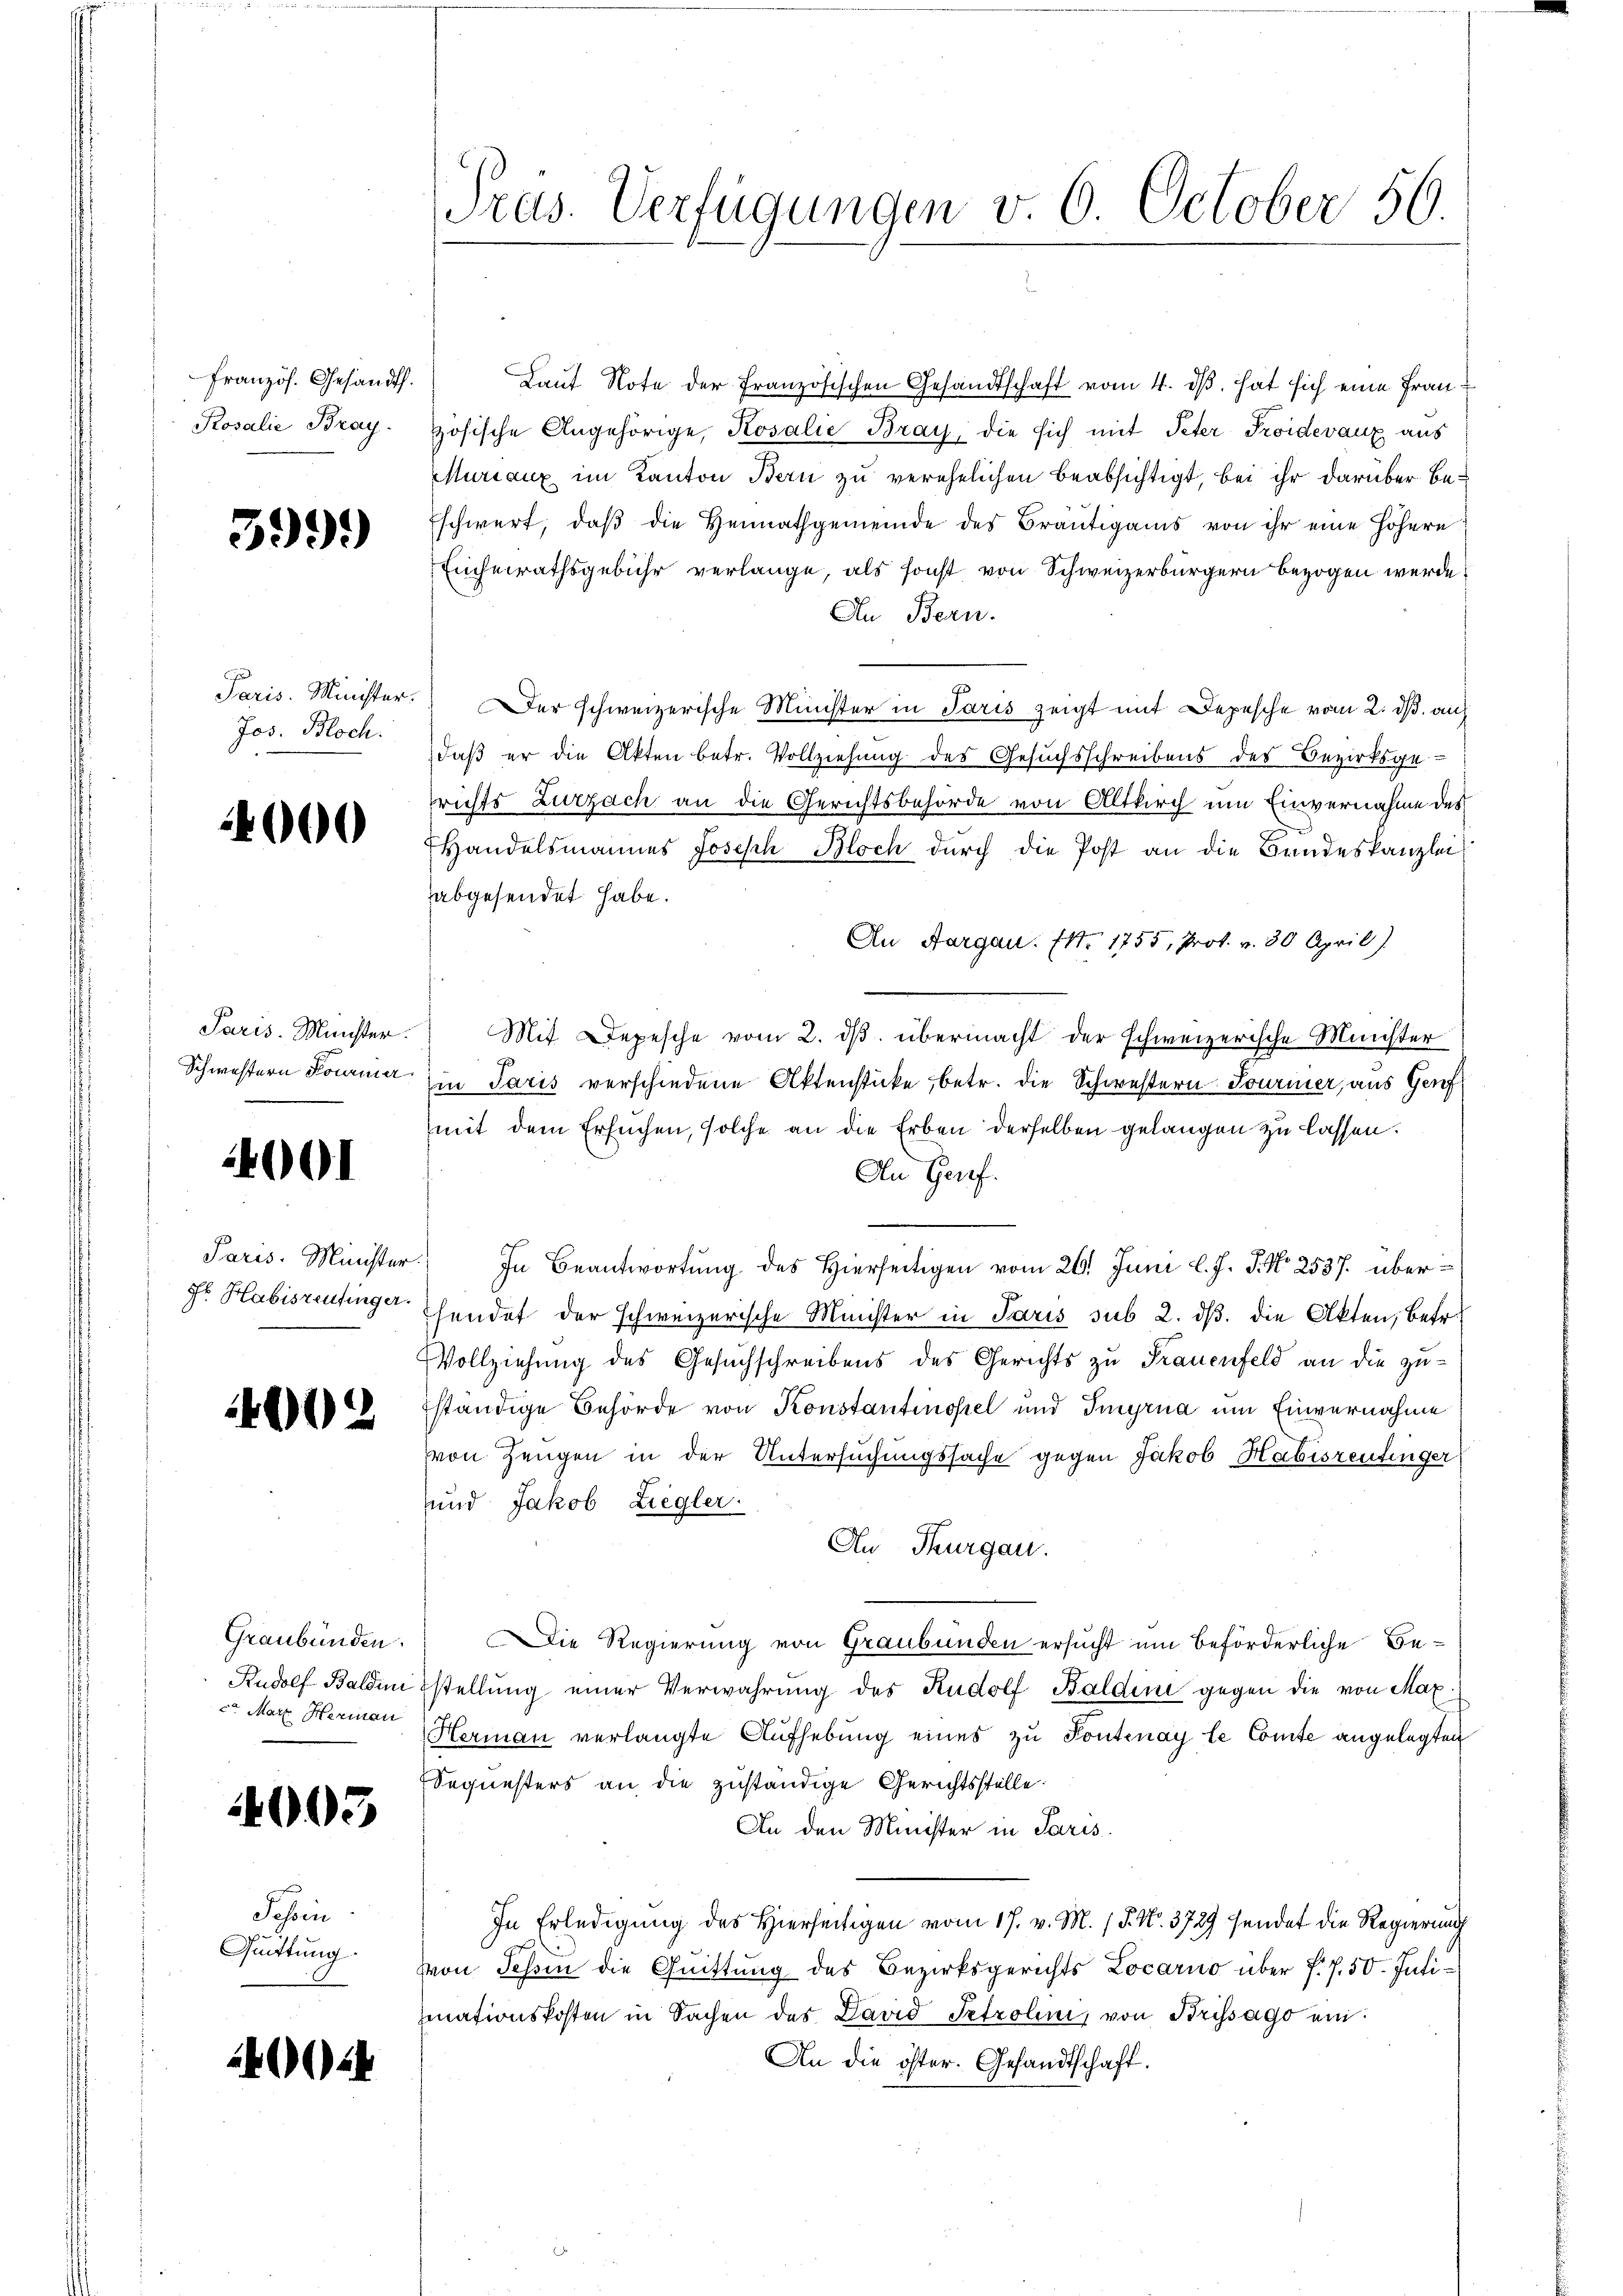
Französ. Gesandt.
Rosalie Bray.

599)

Jos. Bloch.

4000

Schwestern Fourier

4001

4002

Graubünden.
co Marz Herman

003

Schein
Quittung.

4004

Pras. Verfügungen v. 6. October 50.

Lauf Note der Französischen Gesandtschaft vom 4. ds. hat sich eine Frauzösische Angehörige, Rosalie Bray, die sich mit Peter Troidevanz aus
Muriaux im Kanton Bern zu verehelichen beabsichtigt, bei ihr darüber beschwert, daβ die Heimathgemeinde des Bräŭtigams von ihr eine höhere
Einheirathsgebühr verlange, als sonst von Schweizerbürgern bezogen werde.
An Bern.
Paris. Minister. Der schweizerische Minister in Paris zeigt mit Depesche vom 2. ds. auf
daß er die Akten betr. Vollziehung des Gesuchsschreibens des Bezirksgerichts Zurzach an die Gerichtsbehörde von Altkirch um Einvernahme des
Handelsmannes Joseph Bloch durch die Post an die Bandeskanzlei
abgesendet habe.
An Aargau. (N. 1755, Prot. v. 30 April)
Paris. Münster. Mit Depesche vom 2. dβ übermacht der schweizerische Minister
Ein Paris verschiedene Aktenstücke, betr. die Schwestern Journer, aus Genf
mit dem Ersuchen, solche an die Erben derselben gelangen zu lassen.
An Genf.
Paris. Minister. In Beantwortŭng des Hierseitigen vom 26. Juni l. J. J. No. 2537. über¬
Fr. Habiszentinger sendet der schweizerische Minister in Paris sub 2. ds. die Akten, betr.
Vollziehung des Gesuchschreibens des Gerichts zu Frauenfeld an die zuständige Behörde von Konstantinopel und Imyrna um Einvernahme
von Zeugen in der Untersuchungssache gegen Jakob Habisrentinger
und Jakob Ziegler.
An Thurgau.
Die Regierung von Graubünden ersucht um beförderliche Be¬
Rudolf Balden stellŭng einer Verwahrŭng des Rudolf Baldini gegen die von Max
Hermann verlangte Aufhebung eines zu Pontenay le Comte angelegten
Sequesters an die zuständige Gerichtsstelle
An den Minister in Paris
In Erledigung des Hierseitigen vom 17. v. M. / 5. No. 3729 sendet die Regierung
von Schen die Quittung des Bezirksgerichts Locarno über f. 7. 50. Juli
ziationskosten in Sachen des David Petrolini, von Brissago ein
An die öster. Gesandtschaft.